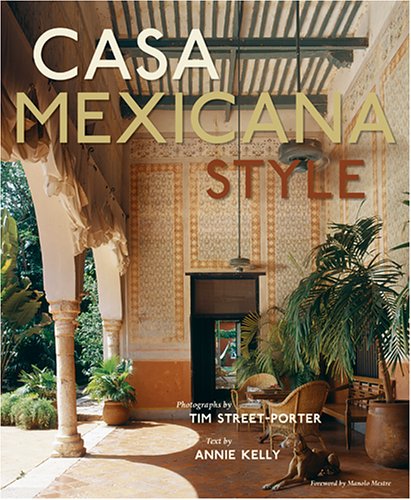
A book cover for Casa Mexicana Style; Annie Kelly; Arts & Photography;